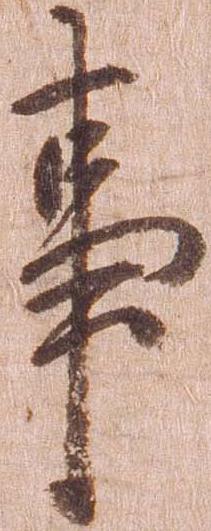
事